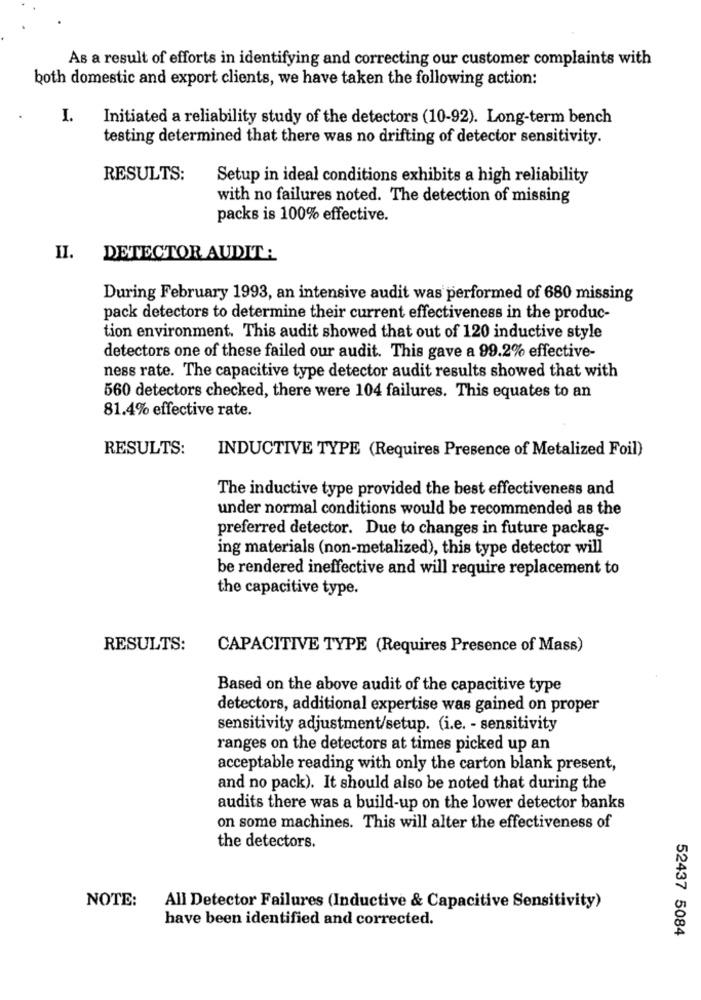
As a result of efforts in identifying and correcting our customer complaints with
both domestic and export clients, we have taken the following action:
I.
Initiated a reliability study of the detectors (10-92). Long-term bench
testing determined that there was no drifting of detector sensitivity.
RESULTS:
Setup in ideal conditions exhibits a high reliability
with no failures noted. The detection of missing
packs is 100% effective.
II.
DETECTOR AUDIT:
During February 1993, an intensive audit was performed of 680 missing
pack detectors to determine their current effectiveness in the produc-
tion environment. This audit showed that out of 120 inductive style
detectors one of these failed our audit. This gave a 99.2% effective-
ness rate. The capacitive type detector audit results showed that with
560 detectors checked, there were 104 failures. This equates to an
81.4% effective rate.
RESULTS:
INDUCTIVE TYPE (Requires Presence of Metalized Foil)
The inductive type provided the best effectiveness and
under normal conditions would be recommended as the
preferred detector. Due to changes in future packag-
ing materials (non-metalized), this type detector will
be rendered ineffective and will require replacement to
the capacitive type.
RESULTS:
CAPACITIVE TYPE (Requires Presence of Mass)
Based on the above audit of the capacitive type
detectors, additional expertise was gained on proper
sensitivity adjustment/setup. (i.e. - sensitivity
ranges on the detectors at times picked up an
acceptable reading with only the carton blank present,
and no pack). It should also be noted that during the
audits there was a build-up on the lower detector banks
on some machines. This will alter the effectiveness of
the detectors.
NOTE:
All Detector Failures (Inductive & Capacitive Sensitivity)
have been identified and corrected.
52437 5084